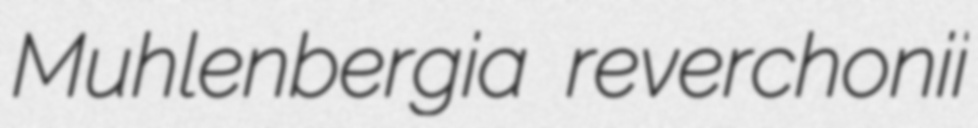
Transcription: Muhlenbergia reverchonii